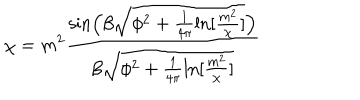
LaTeX: \chi = m ^ { 2 } \frac { \sin \left( \beta \sqrt { \phi ^ { 2 } + \frac { 1 } { 4 \pi } \ln [ \frac { m ^ { 2 } } { \chi } ] } \right) } { \beta \sqrt { \phi ^ { 2 } + \frac { 1 } { 4 \pi } \ln [ \frac { m ^ { 2 } } { \chi } ] } }